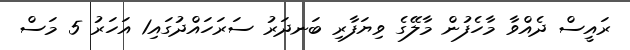
ރައީސް ދެއްވާ މާހެފުން މާލޭގެ ވިޔަފާރި ބަނދަރު ސަރަހައްދުގައި1 އަހަރު 5 މަސް